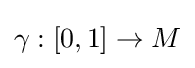
\gamma :[0,1]\rightarrow M